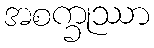
အစက္ခုဿာ